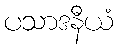
ပသာဒနီယံ